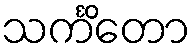
သင်္ကိတော